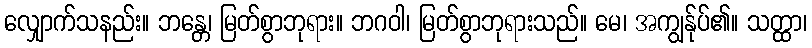
လျှောက်သနည်း။ ဘန္တေ၊ မြတ်စွာဘုရား။ ဘဂဝါ၊ မြတ်စွာဘုရားသည်။ မေ၊ အကျွန်ုပ်၏။ သတ္ထာ၊